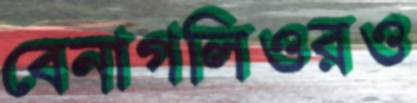
বেনাগলিওরও